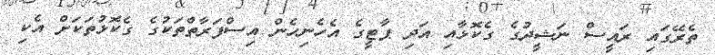
ތެރޭގައި ރައީސް ނަޝީދުގެ ގެކޮޅާއި އަދި ޕާޓީގެ އެހެނިހެން އިސްފަރާތްތަކުގެ ގެކޮޅުތަކަށް އެކި